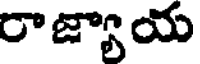
రాజ్యాయ